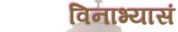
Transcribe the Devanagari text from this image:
विनाभ्यासं